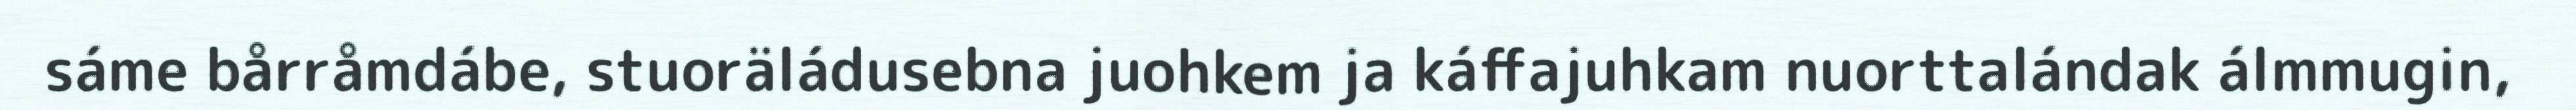
sáme bårråmdábe, stuoräládusebna juohkem ja káffajuhkam nuorttalándak álmmugin,